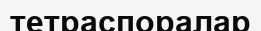
тетраспоралар